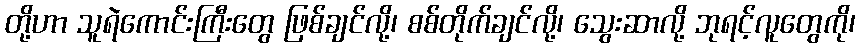
တို့ဟာ သူရဲကောင်းကြီးတွေ ဖြစ်ချင်လို့၊ စစ်တိုက်ချင်လို့၊ သွေးဆာလို့ ဘုရင့်လူတွေကို၊